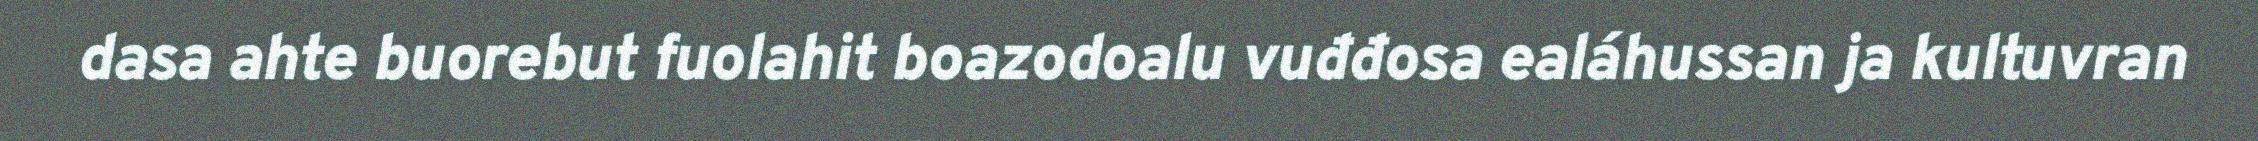
dasa ahte buorebut fuolahit boazodoalu vuđđosa ealáhussan ja kultuvran